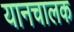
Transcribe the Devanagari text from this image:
यानचालक